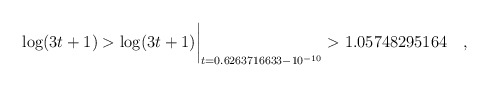
\begin{align*}\log(3t+1) > \log(3t+1)\biggr\rvert_{t=0.6263716633 - 10^{-10}} > 1.05748295164\quad , \end{align*}